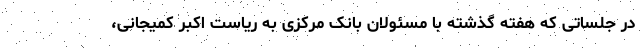
در جلساتی که هفته گذشته با مسئولان بانک مرکزی به ریاست اکبر کمیجانی،